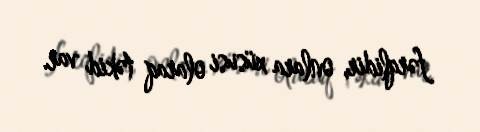
fərqlidir, onlara xüsusi olaraq təkid var.